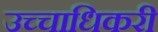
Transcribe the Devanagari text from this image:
उच्चाधिकरी